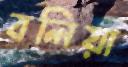
বলিয়া